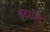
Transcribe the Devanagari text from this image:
इंटरप्रेट